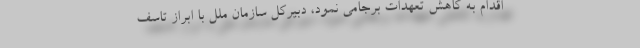
اقدام به کاهش تعهدات برجامی نمود، دبیرکل سازمان ملل با ابراز تاسف